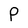
Character: P